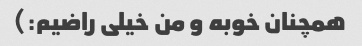
همچنان خوبه و من خیلی راضیم:)